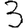
Digit: 3